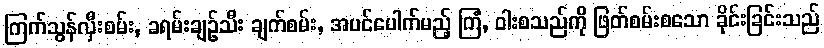
ကြက်သွန်လှီးစမ်း, ခရမ်းချဉ်သီး ချက်စမ်း, အပင်ပေါက်မည့် ကြံ, ဝါးစသည်ကို ဖြတ်စမ်းစသော ခိုင်းခြင်းသည်